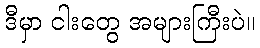
ဒီမှာ ငါးတွေ အများကြီးပဲ။